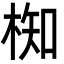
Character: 椥